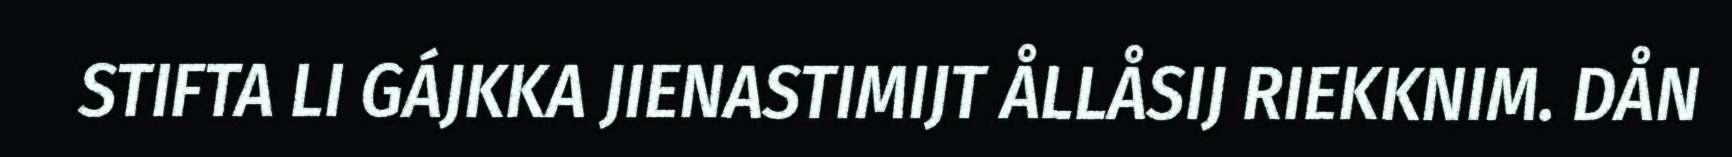
STIFTA LI GÁJKKA JIENASTIMIJT ÅLLÅSIJ RIEKKNIM. DÅN